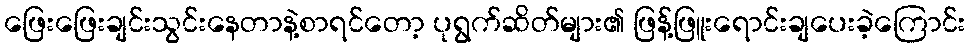
ဖြေးဖြေးချင်းသွင်းနေတာနဲ့စာရင်တော့ ပုရွက်ဆိတ်များ၏ ဖြန့်ဖြူးရောင်းချပေးခဲ့ကြောင်း